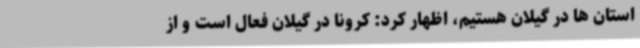
استان ها در گیلان هستیم، اظهار کرد: کرونا در گیلان فعال است و از